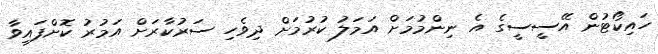
ހައިކޯޓުން އޭސީސީގެ އެ ނިންމުމަށް އަމަލު ކުރުމަށް ދިވެހި ސަރުކާރަށް އަމުރު ކޮށްފައިވާ